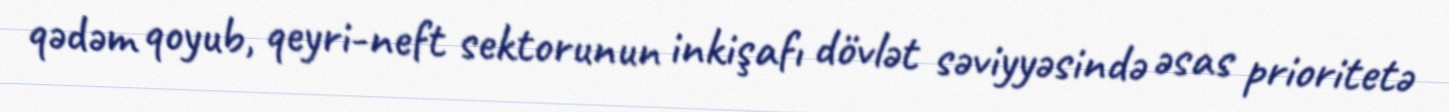
qədəm qoyub, qeyri-neft sektorunun inkişafı dövlət səviyyəsində əsas prioritetə